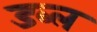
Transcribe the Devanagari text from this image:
डब्ल